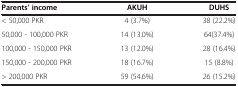
<table><thead><tr><td><b>Parents’ income</b></td><td><b>AKUH</b></td><td><b>DUHS</b></td></tr></thead><tbody><tr><td>&lt; 50,000 PKR</td><td>4 (3.7%)</td><td>38 (22.2%)</td></tr><tr><td>50,000 - 100,000 PKR</td><td>14 (13.0%)</td><td>64(37.4%)</td></tr><tr><td>100,000 - 150,000 PKR</td><td>13 (12.0%)</td><td>28 (16.4%)</td></tr><tr><td>150,000 - 200,000 PKR</td><td>18 (16.7%)</td><td>15 (8.8%)</td></tr><tr><td>&gt; 200,000 PKR</td><td>59 (54.6%)</td><td>26 (15.2%)</td></tr></tbody></table>